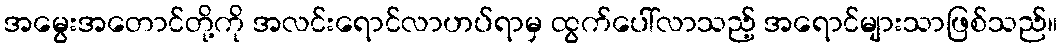
အမွေးအတောင်တို့ကို အလင်းရောင်လာဟပ်ရာမှ ထွက်ပေါ်လာသည့် အရောင်များသာဖြစ်သည်။